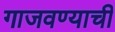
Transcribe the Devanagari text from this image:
गाजवण्याची